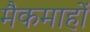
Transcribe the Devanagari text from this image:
मैकमाहों